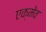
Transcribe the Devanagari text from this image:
एक्मेव